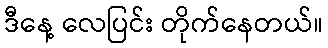
ဒီနေ့ လေပြင်း တိုက်နေတယ်။